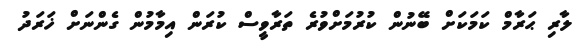
ލާރި ޙަރާމް ކަމަކަށް ބޭނުން ކުރުމަށްވުރެ ތަރާވީސް ކުރަން އިމާމުން ގެންނަށް ޚަރަދު